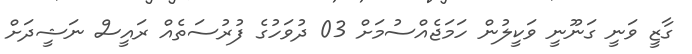
ގާޒީ ވަނީ ގަނޫނީ ވަކީލުން ހަމަޖެއްސުމަށް 03 ދުވަހުގެ ފުރުސަތެއް ރައީސް ނަޝީދަށް